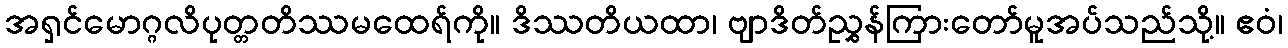
အရှင်မောဂ္ဂလိပုတ္တတိဿမထေရ်ကို။ ဒိဿတိယထာ၊ ဗျာဒိတ်ညွှန်ကြားတော်မူအပ်သည်သို့။ ဧဝံ၊